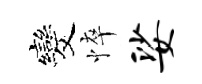
发悴娑